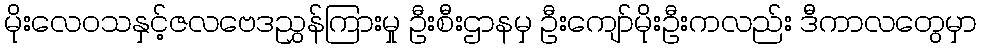
မိုးလေဝသနှင့်ဇလဗေဒညွှန်ကြားမှု ဦးစီးဌာနမှ ဦးကျော်မိုးဦးကလည်း ဒီကာလတွေမှာ